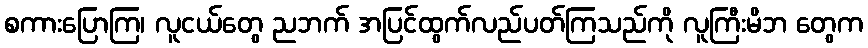
စကားပြောကြ၊ လူငယ်တွေ ညဘက် အပြင်ထွက်လည်ပတ်ကြသည်ကို လူကြီးမိဘ တွေက